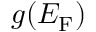
g ( E _ { \mathrm { F } } )